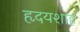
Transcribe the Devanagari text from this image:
हृदयशाह